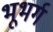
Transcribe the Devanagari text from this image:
भूभर्ग